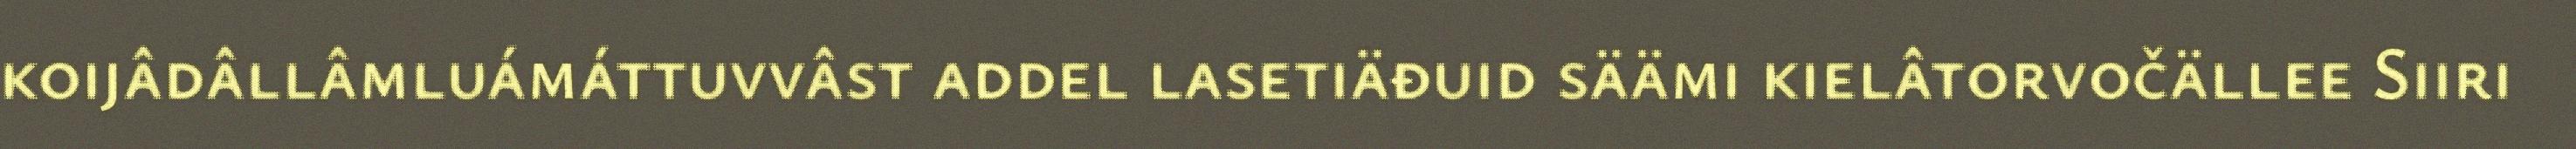
koijâdâllâmluámáttuvvâst addel lasetiäđuid säämi kielâtorvočällee Siiri